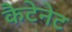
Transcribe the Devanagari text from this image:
कैटेनेट